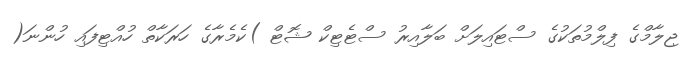
ޖިލާމްގެ ފިލްމުތަކުގެ ސްޓައިލަށް ބަލާއިރު ސްޓެޓިކް ޝޮޓް )ކެމެރާގެ ހަރަކާތް ހުއްޓިފައި ހުންނަ(